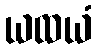
ယထယံ